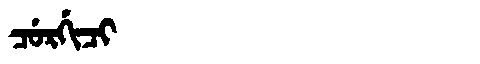
Manchu: ᠴᡠᡵᡤᡳᠴᡳ
Romanization: CURGICI